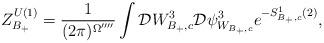
LaTeX: \begin{align*}Z_{B_+}^{U(1)}=\frac{1}{(2\pi)^{\Omega^{\prime\prime\prime\prime}}}\int{\cal D}W^3_{B_+,c}{\cal D}\psi_{W_{B_+,c}}^3e^{-S^1_{B_+,c}(2)},\end{align*}